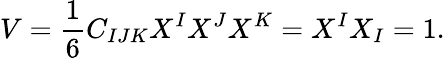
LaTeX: {V}={\frac{1}{6}}C_{IJK}X^{I}X^{J}X^{K}=X^{I}X_{I}=1.